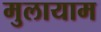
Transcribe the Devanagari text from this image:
मुलायाम